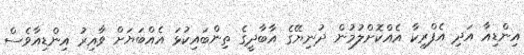
އިންޑިއާ އަދި އެފްރިކާ އެއްކޮށްލުމުން ދުނިޔޭގެ އާބާދީގެ ތިންބައިކުޅަ އެއްބަޔަށް ވާއިރު އިންޑިއާވެސް